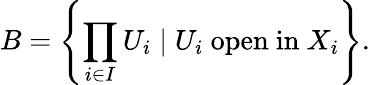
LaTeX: B=\left\{ \prod_{i\in I}U_{i}\mid U_{i}{\mathrm{~open~in~}}X_{i}\right\} .